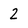
Character: 2